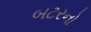
બટરનો